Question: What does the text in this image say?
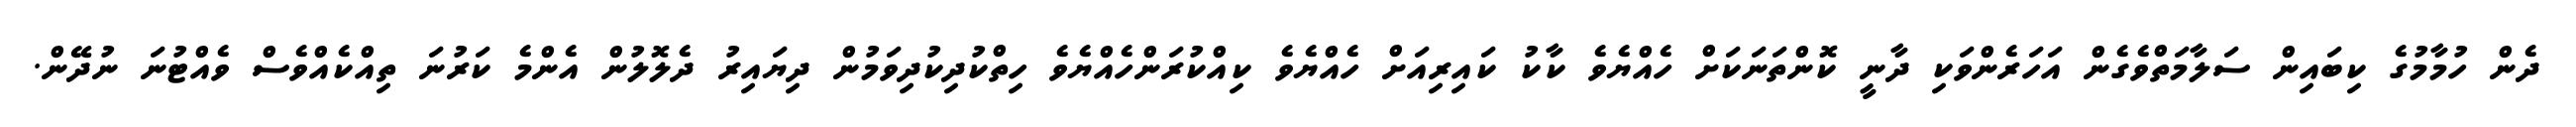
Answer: ދެން ހުމާމުގެ ކިބައިން ސަލާމަތްވެގެން އަހަރެންވަކި ދާނީ ކޮންތަނަކަށް ހެއްޔެވެ ކާކު ކައިރިއަށް ހެއްޔެވެ ކިއްކުރަންހެއްޔެވެ ހިތްކުދިކުދިވަމުން ދިޔައިރު ދެލޮލުން އެންމެ ކަރުނަ ތިއްކެއްވެސް ވެއްޓުނަ ނުދޭން.